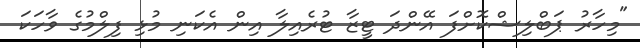
"މިހާރު ޕަބްލިޝްކޮށްފަ އޭންދަ ޓީޒާ ޓުރެއިލާ އިން އެކަނި މުޅި ފިލްމުގެ ވާހަކަ